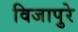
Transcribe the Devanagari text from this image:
विजापुरे